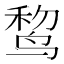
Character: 𱊃